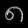
Digit: ၈